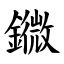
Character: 䥩